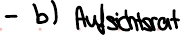
- b) Aufsichtsrat